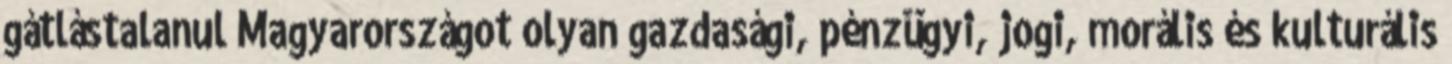
gátlástalanul Magyaror­szá­got olyan gazdasági, pénzügyi, jogi, morális és kulturális